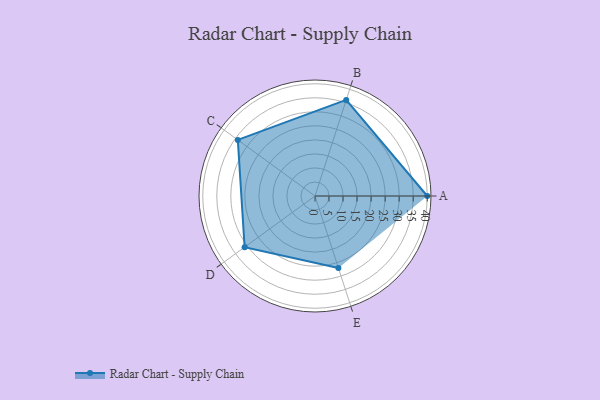
{"axis": {"x": "Skill", "y": "Score"}, "legend": ["Profile"], "data": [{"x": "A", "y": 40.0, "type": "Profile"}, {"x": "B", "y": 36.0, "type": "Profile"}, {"x": "C", "y": 34.0, "type": "Profile"}, {"x": "D", "y": 31.0, "type": "Profile"}, {"x": "E", "y": 27.0, "type": "Profile"}]}